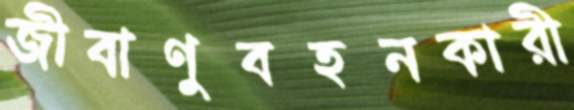
জীবাণুবহনকারী